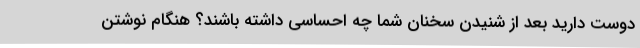
دوست دارید بعد از شنیدن سخنان شما چه احساسی داشته باشند؟ هنگام نوشتن